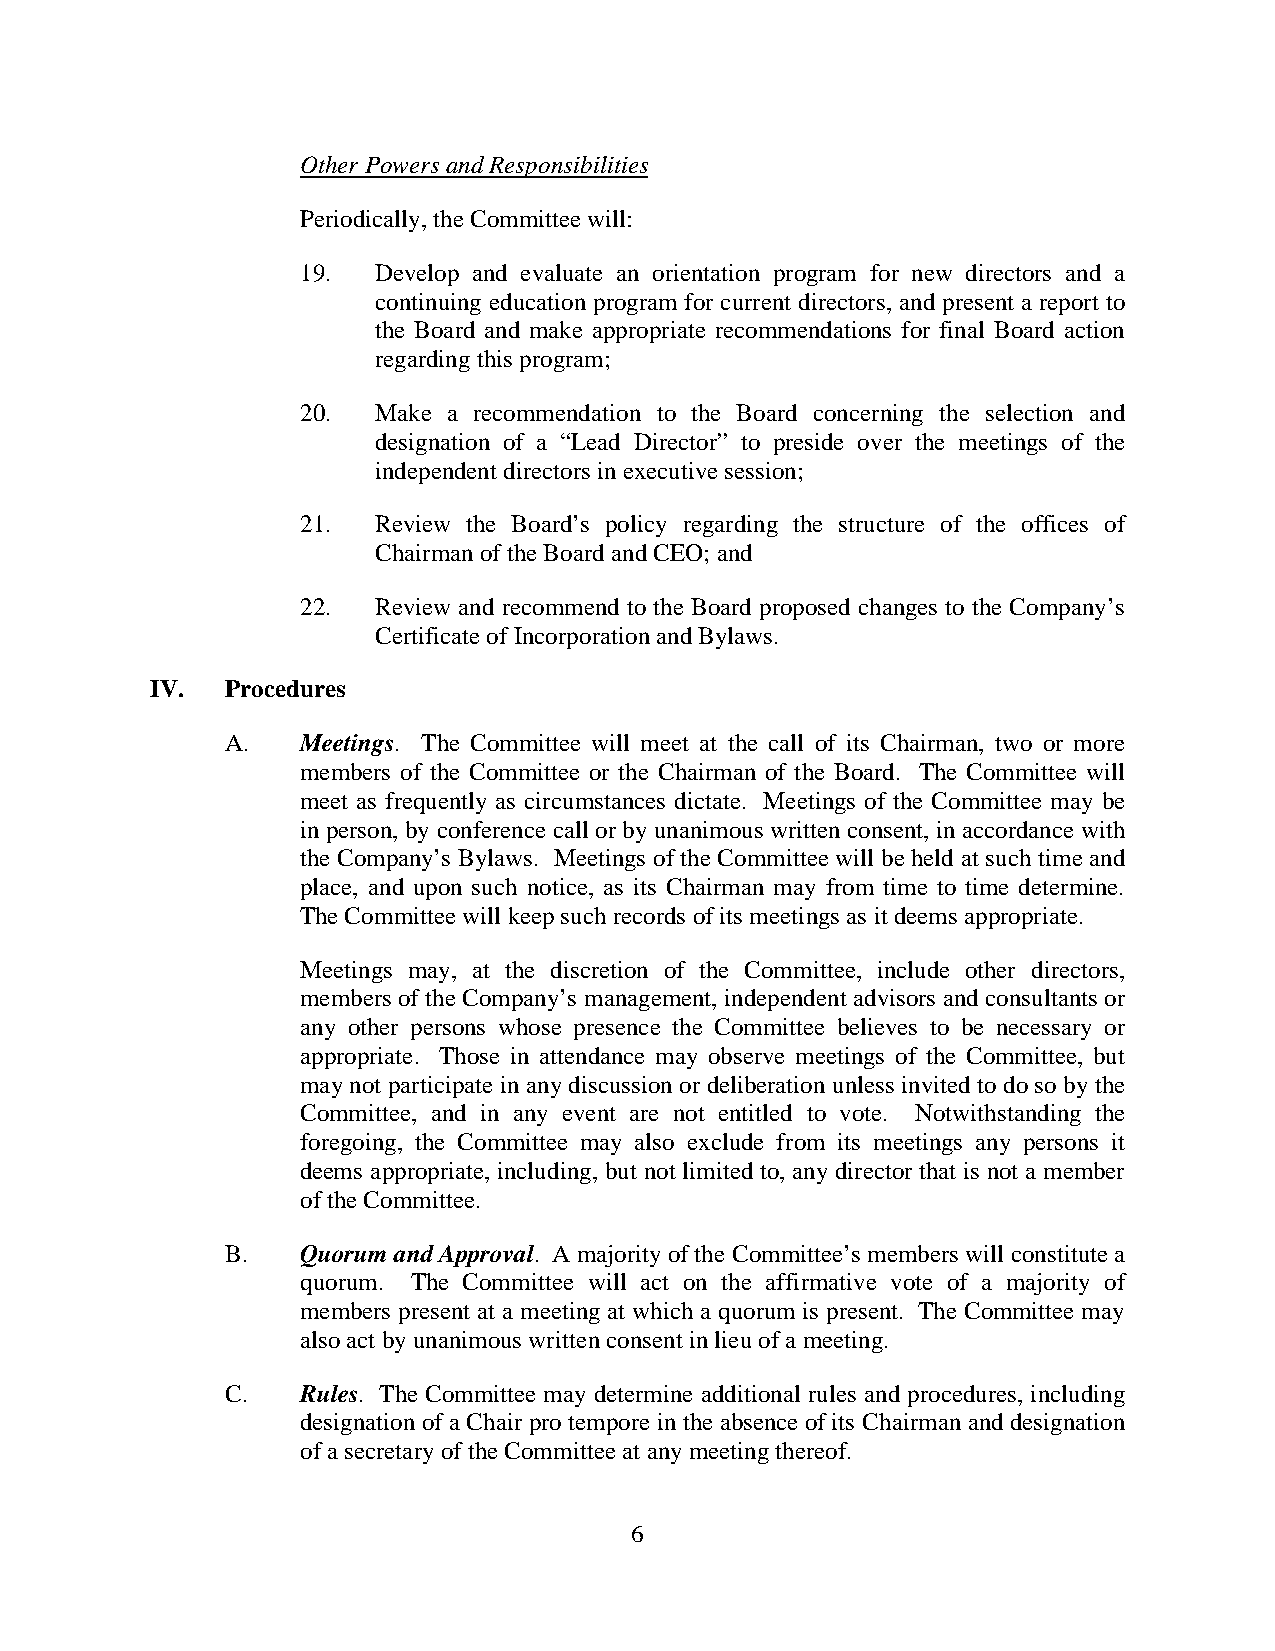
Other Powers and Responsibilities
 Periodically,the Committee will:
 19.  Develop and evaluate an orientation program for new directors and a
 continuing education program for current directors, and present a report to
 the Board and make appropriate recommendations for final Board action
 regarding this program;
 20.  Make a recommendation to the Board concerning the selection and
 designation of a “Lead Director” to preside over the meetings of the
 independent directors in executive session;
 21.  Review the Board’s policy regarding the structure of the offices of
 Chairman of the Board and CEO; and
 22.  Review and recommend to the Board proposed changes to the Company’s
 Certificate of Incorporation and Bylaws.
 IV.  Procedures
 A.   Meetings. The Committee will meet at the call of its Chairman, two or more
 members of the Committee or the Chairman of the Board. The Committee will
 meet as frequently as circumstances dictate. Meetings of the Committee may be
 in person, by conference call or by unanimous written consent, in accordance with
 the Company’s Bylaws. Meetings of the Committee will be held at such time and
 place, and upon such notice, as its Chairman may from time to time determine.
 The Committee will keep such records of its meetings as it deems appropriate.
 Meetings may, at the discretion of the Committee, include other directors,
 members of the Company’s management, independent advisors and consultants or
 any other persons whose presence the Committee believes to be necessary or
 appropriate. Those in attendance may observe meetings of the Committee, but
 may not participate in any discussion or deliberation unless invited to do so by the
 Committee, and in any event are not entitled to vote. Notwithstanding the
 foregoing, the Committee may also exclude from its meetings any persons it
 deems appropriate, including, but not limited to, any director that is not a member
 of the Committee.
 B.   Quorum and Approval. A majority of the Committee’s members will constitute a
 quorum. The Committee will act on the affirmative vote of a majority of
 members present at a meeting at which a quorum is present. The Committee may
 also act by unanimous written consent in lieu of a meeting.
 C.   Rules. The Committee may determine additional rules and procedures, including
 designation of a Chair pro tempore in the absence of its Chairman and designation
 of a secretary of the Committee at any meeting thereof.
 6